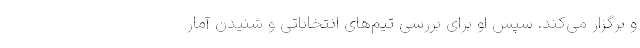
و برگزار می‌کند. سپس او برای بررسی تیم‌های انتخاباتی و شنیدن آمار